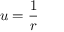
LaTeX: u = { \frac { 1 } { r } }